Lunatic asylums Central Provinces reports 1886-1894 - 1886-1894
Year: 1886
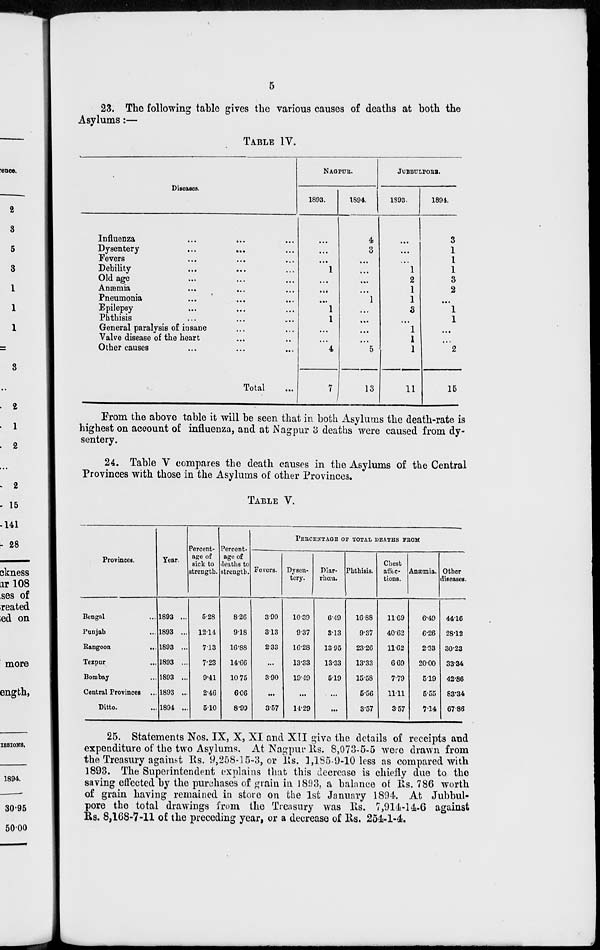
5
23. The following table gives the various causes of deaths at both the
Asylums:—
TABLE IV.
Diseases.
Influenza ... ... ...
Dysentery ... ... ...
Fevers ... ... ...
Debility ... ... ...
Old age ... ... ...
Anæmia
...
...
...
Pneumonia ... ... ...
Epilepsy ... ... ...
Phthisis ... ... ...
General paralysis of insane ... ...
Valve disease of the heart ... ...
Other causes ... ... ...
Total ...
NAGPUR.
1893.
...
...
...
1
...
...
...
1
1
...
...
4
7
1894.
4
3
...
...
...
...
1
...
...
...
...
5
13
JUBBULPORE.
1893
...
...
...
1
2
1
1
3
...
1
1
1
11
1894.
3
1
1
1
3
2
...
1
1
...
...
2
15
From the above table it will be seen that in both Asylums the death-rate is
highest on account of influenza, and at Nagpur 3 deaths were caused from dy-
sentery.
24. Table V compares the death causes in the Asylums of the Central
Provinces with those in the Asylums of other Provinces.
TABLE V.
Provinces.
Bengal ...
Punjab ...
Rangoon
...
Tezpur ...
Bombay ...
Central Provinces ...
Ditto. ...
Year.
1893 ...
1893 ...
1893 ...
1893 ...
1893 ...
1893 ...
1894 ...
Percent-
age of
sick to
strength.
5.28
12.14
7.13
7.23
9.41
2.46
5.10
Percent-
age of
deaths to
strength.
8.26
9.18
16.88
14.66
10.75
6.06
8.99
PERCENTAGE OF TOTAL DEATHS FROM
Fevers.
3.90
3.13
2.33
...
3.90
...
3.57
Dysen-
tery.
10.39
9.37
16.28
13.33
19.49
...
14.29
Diar-
rhœa.
6.49
3.13
13.95
13.33
5.19
...
...
Phthisis.
16.88
9.37
23.26
13.33
15.58
5.56
3.57
Chest
affec-
tions.
11.69
40.62
11.62
6.69
7.79
11.11
3.57
Anæmia.
6.49
6.26
2.33
20.00
5.19
5.55
7.14
Other
diseases.
44.16
28.12
30.23
33.34
42.86
83.34
67.86
25. Statements Nos. IX, X, XI and XII give the details of receipts and
expenditure of the two Asylums. At Nagpur Rs. 8,073-5-5 were drawn from
the Treasury against Rs. 9,258-15-3, or Rs. 1,185-9-10 less as compared with
1893. The Superintendent explains that this decrease is chiefly due to the
saving effected by the purchases of grain in 1893, a balance of Rs. 786 worth
of grain having remained in store on the 1st January 1894. At Jubbul-
pore the total drawings from the Treasury was Rs. 7,914-14-6 against
Rs. 8,168-7-11 of the preceding year, or a decrease of Rs. 254-1-4.